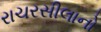
રાચરસીલાનો